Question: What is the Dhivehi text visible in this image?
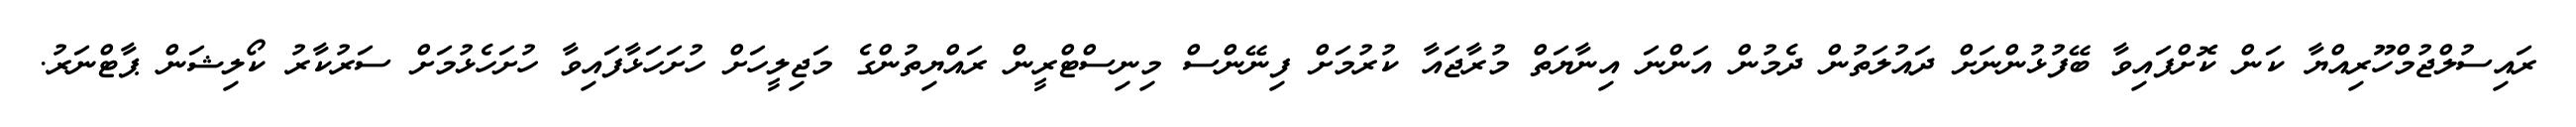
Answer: ރައިސުލްޖުމްހޫރިއްޔާ ކަން ކޮށްފައިވާ ބޭފުޅުންނަށް ދައުލަތުން ދެމުން އަންނަ އިނާޔަތް މުރާޖައާ ކުރުމަށް ފިނޭންސް މިނިސްޓްރީން ރައްޔިތުންގެ މަޖިލީހަށް ހުށަހަޅާފައިވާ ހުށަހެޅުމަށް ސަރުކާރު ކޯލިޝަން ޕާޓްނަރު.